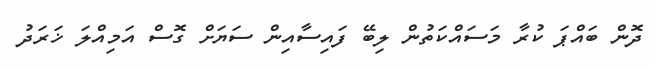
ދޮން ބައްޕަ ކުރާ މަސައްކަތުން ލިބޭ ފައިސާއިން ސަޔަށް ގޮސް އަމިއްލަ ޚަރަދު